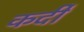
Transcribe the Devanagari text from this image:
कर्दी